Report of the Indian Hemp Drugs Commission, 1894-1895 - Volume II
Year: 1894
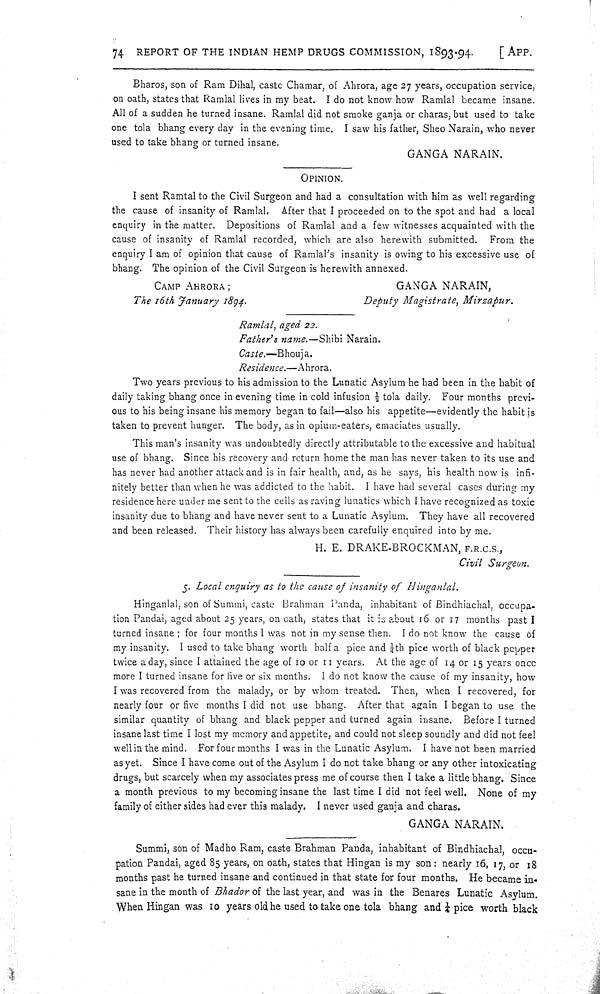
74 REPORT OF THE INDIAN HEMP DRUGS COMMISSION, 1893-94.
[APP.
Bharos, son of Ram Dihal, caste Chamar, of Ahrora, age 27 years, occupation service,
on oath, states that Ramlal lives in my beat. I do not know how Ramlal became insane.
All of a sudden he turned insane. Ramlal did not smoke ganja or charas, but used to take
one tola bhang every day in the evening time. I saw his father, Sheo Narain, who never
used to take bhang or turned insane.
GANGA NARAIN.
OPINION.
I sent Ramtal to the Civil Surgeon and had a consultation with him as well regarding
the cause of insanity of Ramlal. After that I proceeded on to the spot and had a local
enquiry in the matter. Depositions of Ramlal and a few witnesses acquainted with the
cause of insanity of Ramlal recorded, which are also herewith submitted. From the
enquiry I am of opinion that cause of Ramlal's insanity is owing to his excessive use of
bhang. The opinion of the Civil Surgeon is herewith annexed.
CAMP AHRORA;
GANGA NARAIN,
The 16th January 1894.
Deputy Magistrate, Mirzapur.
Ramlal, aged 22.
Father's name.—Shibi Narain.
Caste.—Bhouja.
Residence.—Ahrora.
Two years previous to his admission to the Lunatic Asylum he had been in the habit of
daily taking bhang once in evening time in cold infusion 1/2 tola daily. Four months previ-
ous to his being insane his memory began to fail—also his appetite—evidently the habit is
taken to prevent hunger. The body, as in opium-eaters, emaciates usually.
This man's insanity was undoubtedly directly attributable to the excessive and habitual
use of bhang. Since his recovery and return home the man has never taken to its use and
has never had another attack and is in fair health, and, as he says, his health now is infi-
nitely better than when he was addicted to the habit. I have had several cases during my
residence here under me sent to the cells as raving lunatics which I have recognized as toxic
insanity due to bhang and have never sent to a Lunatic Asylum. They have all recovered
and been released. Their history has always been carefully enquired into by me.
H. E. DRAKE-BROCKMAN, F.R.C.S.,
Civil Surgeon.
5. Local enquiry as to the cause of insanity of Hinganlal.
Hinganlal, son of Summi, caste Brahman Panda, inhabitant of Bindhiachal, occupa-
tion Pandai, aged about 25 years, on oath, states that it is about 16 or 17 months past I
turned insane; for four months I was not in my sense then. I do not know the cause of
my insanity. I used to take bhang worth half a pice and 1/4th pice worth of black pepper
twice a day, since I attained the age of 10 or 11 years. At the age of 14 or 15 years once
more I turned insane for five or six months. I do not know the cause of my insanity, how
I was recovered from the malady, or by whom treated. Then, when I recovered, for
nearly four or five months I did not use bhang. After that again I began to use the
similar quantity of bhang and black pepper and turned again insane. Before I turned
insane last time I lost my memory and appetite, and could not sleep soundly and did not feel
well in the mind. For four months I was in the Lunatic Asylum. I have not been married
as yet. Since I have come out of the Asylum I do not take bhang or any other intoxicating
drugs, but scarcely when my associates press me of course then I take a little bhang. Since
a month previous to my becoming insane the last time I did not feel well. None of my
family of either sides had ever this malady. I never used ganja and charas.
GANGA NARAIN.
Summi, son of Madho Ram, caste Brahman Panda, inhabitant of Bindhiachal, occu-
pation Pandai, aged 85 years, on oath, states that Hingan is my son: nearly 16, 17, or 18
months past he turned insane and continued in that state for four months. He became in-
sane in the month of Bhador of the last year, and was in the Benares Lunatic Asylum.
When Hingan was 10 years old he used to take one tola bhang and 1/4 pice worth black